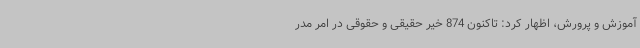
آموزش و پرورش، اظهار کرد: تاکنون 874 خیر حقیقی و حقوقی در امر مدر